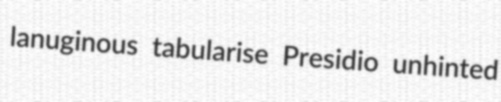
lanuginous tabularise Presidio unhinted